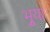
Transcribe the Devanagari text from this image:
भुर्‍या